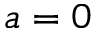
a = 0